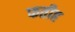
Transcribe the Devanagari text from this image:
फतीह